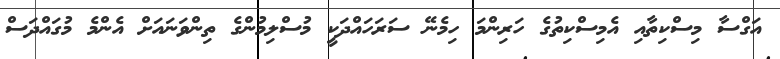
އަގްސާ މިސްކިތާއި އެމިސްކިތުގެ ހަރިންމަ ހިމެނޭ ސަރަހައްދަކީ މުސްލިމުންގެ ތިންވަނައަށް އެންމެ މުގައްދަސް